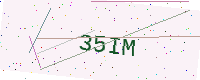
Text: 35IM